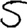
Digit: 5